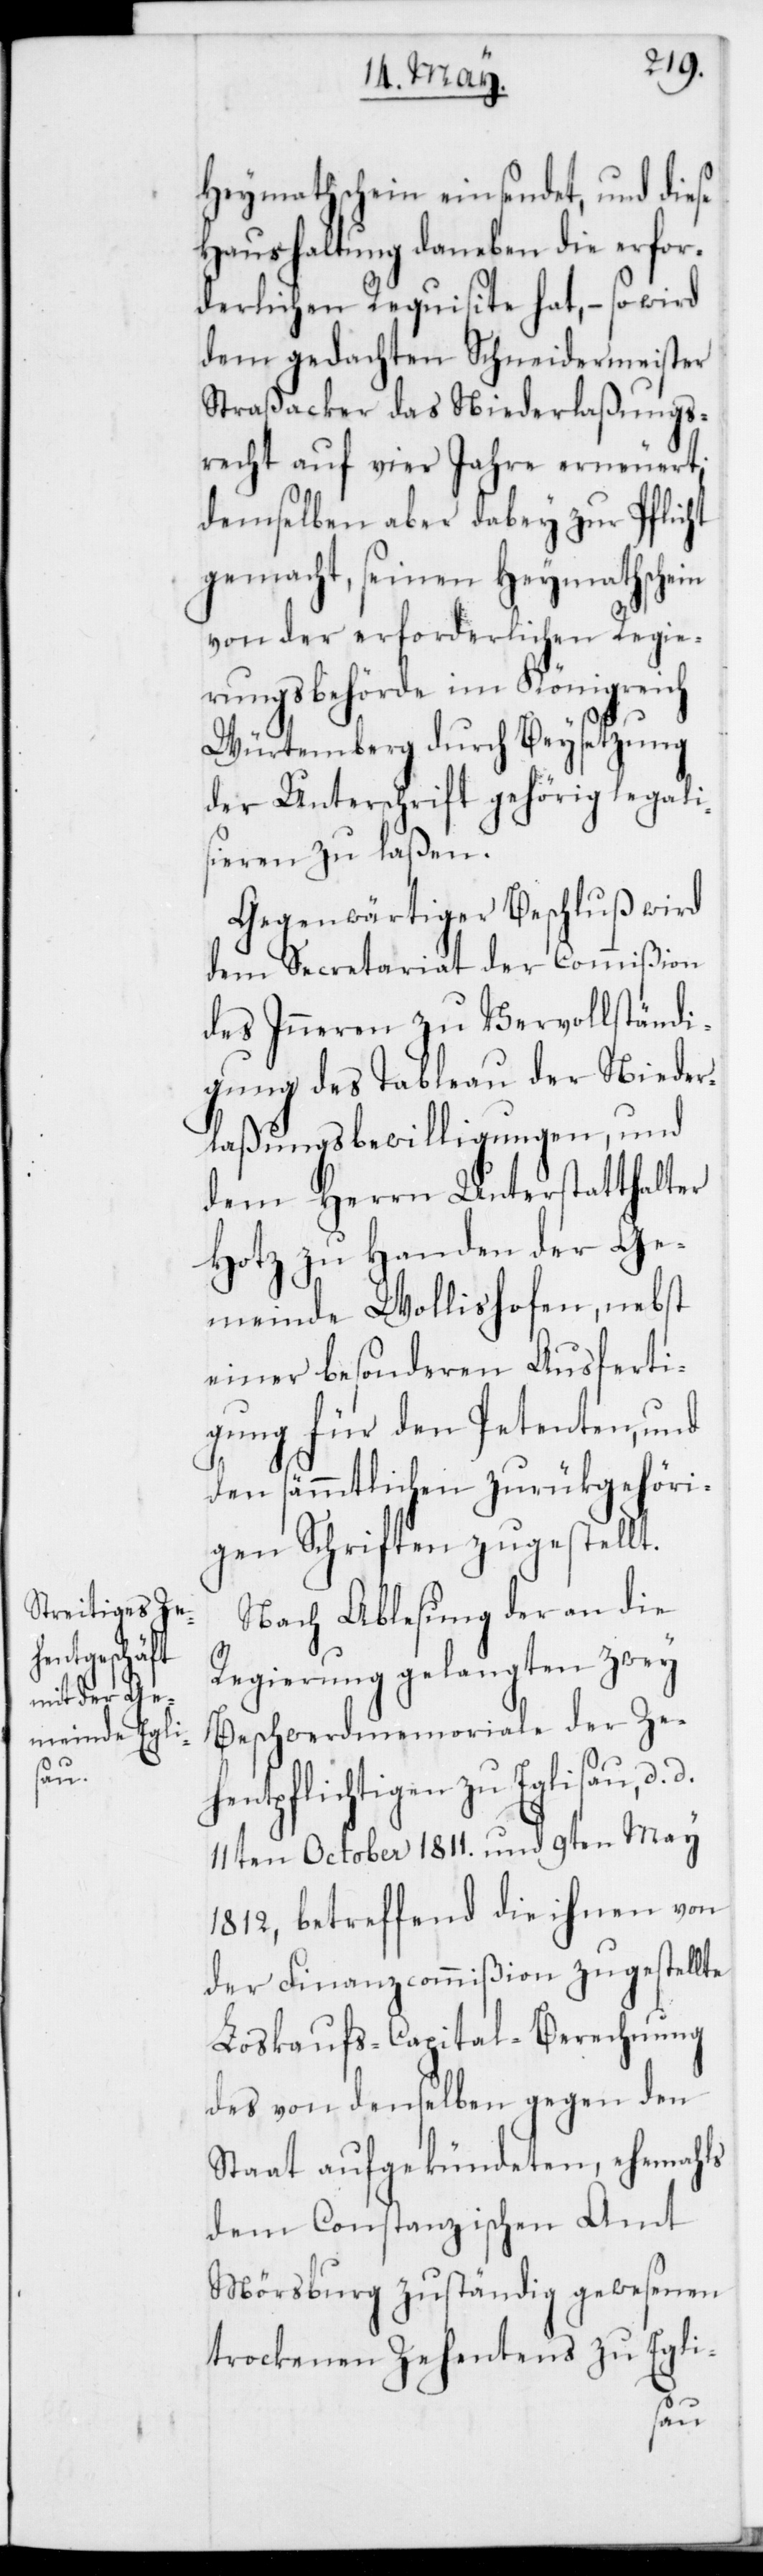
Heymathschein einsendet, und diese
Haushaltung daneben die erfor¬
derlichen Requisite hat, – so wird
dem gedachten Schneidermeister
Straßacker das Niederlaßungs¬
recht auf vier Jahre erneueret;
demselben aber dabey zur Pflicht
gemacht, seinen Heymathschein
von der erforderlichen Regie¬
rungsbehörde im Königreich
Würtemberg durch Beysetzung
der Unterschrift gehörig legali¬
sieren zu laßen.
Gegenwärtiger Beschluß wird
dem Secretariat der Commißion
des Inneren zu Vervollständi¬
gung des Tableau der Nieder¬
laßungsbewilligungen, und
dem Herrn Unterstatthalter
Hotz zu Handen der Ge¬
meinde Wollishofen, nebst
einer besonderen Ausferti¬
gung für den Petenten, und
den sämmtlichen zurückgehöri¬
gen Schriften zugestellt.
Nach Ablesung der an die
Regierung gelangten zwey
Beschwerdmemoriale der Ze¬
hentpflichtigen zu Eglisau, d.
11ten October 1811. und 9ten May
1812, betreffend die ihnen von
der Finanzcommißion zugestellte
Loskaufs-Capital-Berechnung
des von demselben gegen den
Staat aufgekündeten, ehemahls
dem Constanzischen Amt
Mörsburg zuständig gewesenen
trockenen Zehentens zu Egli-